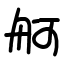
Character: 舸